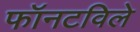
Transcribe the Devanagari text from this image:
फॉनटविले